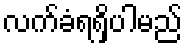
လက်ခံရရှိပါမည်